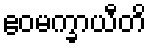
ဧဝမက္ခာယီတိ